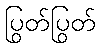
ပြွတ်ပြွတ်